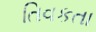
તિવકતા